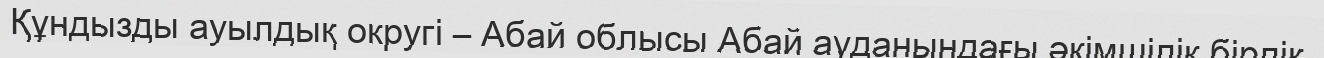
Құндызды ауылдық округі – Абай облысы Абай ауданындағы әкімшілік бірлік.